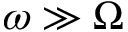
\omega \gg \Omega